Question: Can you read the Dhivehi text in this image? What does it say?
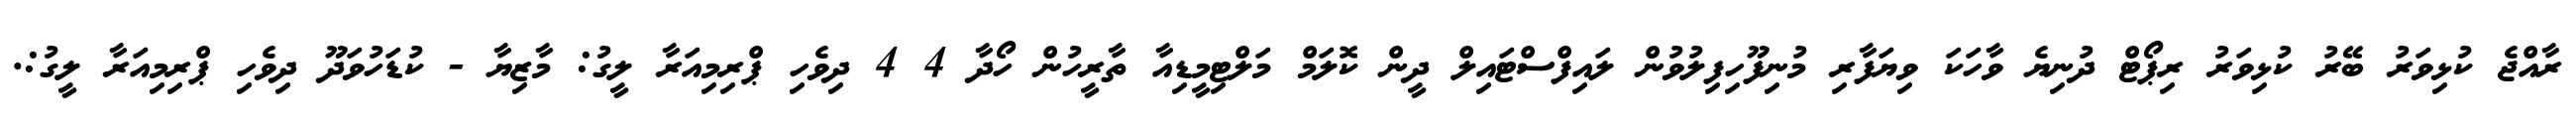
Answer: ރާއްޖެ ކުޅިވަރު ބޭރު ކުޅިވަރު ރިޕޯޓް ދުނިޔެ ވާހަކަ ވިޔަފާރި މުނިފޫހިފިލުވުން ލައިފްސްޓައިލް ދީން ކޮލަމް މަލްޓިމީޑިއާ ތާރީހުން ހޯދާ 4 4 ދިވެހި ޕްރިމިއަރާ ލީގު: މާޒިޔާ - ކުޑަހުވަދޫ ދިވެހި ޕްރިމިއަރާ ލީގު:.